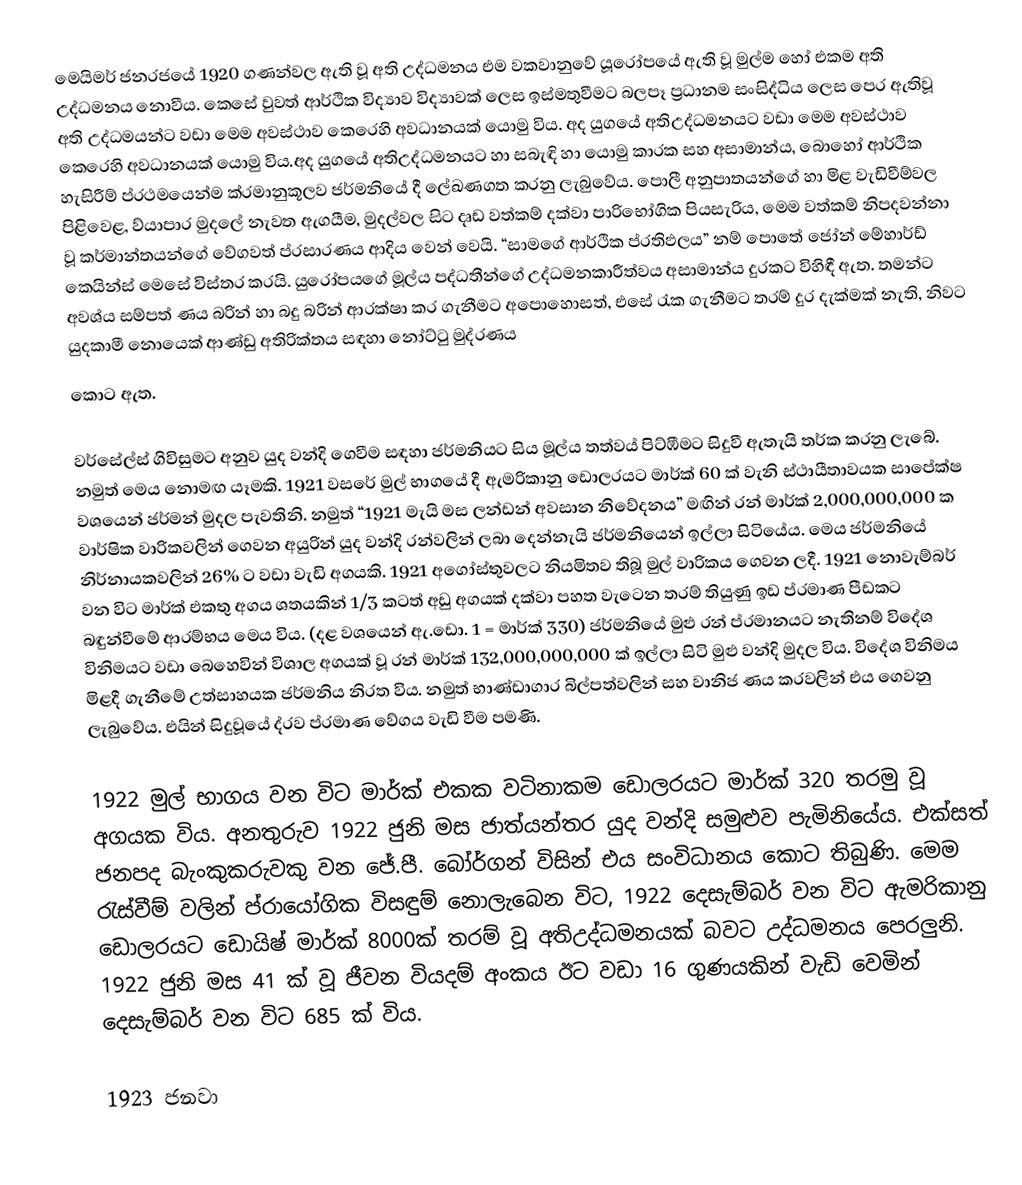
මෙයිමර් ජනරජයේ 1920 ගණන්වල ඇති වූ අති උද්ධමනය එම වකවානුවේ යූරෝපයේ ඇති වූ මුල්ම හෝ එකම අති උද්ධමනය නොවීය. කෙසේ වුවත් ආර්ථික විද්‍යාව විද්‍යාවක් ලෙස ඉස්මතුවීමට  බලපෑ ප්‍රධානම සංසිද්ධිය ලෙස පෙර ඇතිවූ අති උද්ධමයන්ට වඩා මෙම අවස්ථාව කෙරෙහි අවධානයක් යොමු විය. අද යුගයේ අතිඋද්ධමනයට වඩා මෙම අවස්ථාව කෙරෙහි අවධානයක් යොමු විය.අද යුගයේ අතිඋද්ධමනයට   හා සබැඳි හා යොමු කාරක සහ අසාමාන්ය, බොහෝ ආර්ථික හැසිරීම් ප්රථමයෙන්ම ක්රමානුකූලව ජර්මනියේ දී ලේඛණගත කරනු ලැබුවේය. පොලී අනුපාතයන්ගේ හා මිළ වැඩිවීම්වල පිළිවෙළ, ව්යාපාර මුදලේ නැවත ඇගයීම, මුදල්වල සිට දෘඩ වත්කම් දක්වා පාරිභෝගික පියසැරිය, මෙම වත්කම් නිපදවන්නා වූ කර්මාන්තයන්ගේ වේගවත් ප්රසාරණය ආදිය වෙන් වෙයි. “සාමගේ ආර්ථික ප්රතිඵලය” නම් පොතේ ජෝන් මේහාර්ඩ් කෙයින්ස් මෙසේ විස්තර කරයි. යුරෝපයගේ මූල්ය පද්ධතීන්ගේ උද්ධමනකාරීත්වය අසාමාන්ය දුරකට විහිඳී ඇත. තමන්ට අවශ්ය සම්පත් ණය බරින් හා බදු බරින් ආරක්ෂා කර ගැනීමට අපොහොසත්, එසේ රැක ගැනීමට තරම් දුර දැක්මක් නැති, නිවට යුදකාමී නොයෙක් ආණ්ඩු අතිරික්තය සඳහා නෝට්ටු මුද්රණය
කොට ඇත.

වර්සේල්ස් ගිවිසුමට අනුව යුද වන්දි ගෙවීම සඳහා ජර්මනියට සිය මූල්ය තත්වය් පිට්ඹීමට සිදුවී ඇතැයි තර්ක කරනු ලැබේ. නමුත් මෙය නොමඟ යෑමකි. 1921 වසරේ මුල් භාගයේ දී ඇමරිකානු ඩොලරයට මාර්ක් 60 ක් වැනි ස්ථායීතාවයක සාපේක්ෂ වශයෙන් ජර්මන් මුදල පැවතිනි. නමුත් “1921 මැයි මස ලන්ඩන් අවසාන නිවේදනය” මඟින් රන් මාර්ක් 2,000,000,000 ක වාර්ෂික වාරිකවලින් ගෙවන අයුරින් යුද වන්දි රන්වලින් ලබා දෙන්නැයි ජර්මනියෙන් ඉල්ලා සිටියේය. මෙය ජර්මනියේ නිර්නායකවලින් 26% ට වඩා වැඩි අගයකි. 1921 අගෝස්තුවලට නියමිතව තිබූ මුල් වාරිකය ගෙවන ලදී. 1921 නොවැම්බර් වන විට මාර්ක් එකතු අගය ශතයකින් 1/3 කටත් අඩු අගයක් දක්වා පහත වැටෙන තරම් තියුණු ඉඩ ප්රමාණ පීඩකට බඳුන්වීමේ ආරම්භය මෙය විය. (දළ වශයෙන් ඇ.ඩො. 1 = මාර්ක් 330) ජර්මනියේ මුළු රන් ප්රමානයට නැතිනම් විදේශ විනිමයට වඩා බෙහෙවින් විශාල අගයක් වූ රන් මාර්ක් 132,000,000,000 ක් ඉල්ලා සිටි මුළු වන්දි මුදල විය. විදේශ විනිමය මිළදී ගැනීමේ උත්සාහයක ජර්මනිය නිරත විය. නමුත් භාණ්ඩාගාර බිල්පත්වලින් සහ වානිජ ණය කරවලින් එය ගෙවනු ලැබුවේය. එයින් සිදුවූයේ ද්රව ප්රමාණ වේගය වැඩි වීම පමණි.

1922 මුල් භාගය වන විට මාර්ක් එකක වටිනාකම ඩොලරයට මාර්ක් 320 තරමු වූ අගයක විය. අනතුරුව 1922 ජුනි මස ජාත්යන්තර යුද වන්දි සමුළුව පැමිනියේය. එක්සත් ජනපද බැංකුකරුවකු වන ජේ.පී. බෝර්ගන් විසින් එය සංවිධානය කොට තිබුණි. මෙම රැස්වීම් වලින් ප්රායෝගික විසඳුම් නොලැබෙන විට, 1922 දෙසැම්බර් වන විට ඇමරිකානු ඩොලරයට ඩොයිෂ් මාර්ක් 8000ක් තරම් වූ අතිඋද්ධමනයක් බවට උද්ධමනය පෙරලුනි. 1922 ජුනි මස 41 ක් වූ ජීවන වියදම් අංකය ඊට වඩා 16 ගුණයකින් වැඩි වෙමින් දෙසැම්බර් වන විට 685 ක් විය.

1923 ජනවා